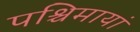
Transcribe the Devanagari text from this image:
पश्चिमायां